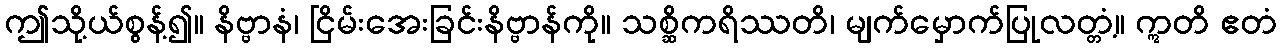
ဤသို့ယ်စွန့်၍။ နိဗ္ဗာနံ၊ ငြိမ်းအေးခြင်းနိဗ္ဗာန်ကို။ သစ္ဆိကရိဿတိ၊ မျက်မှောက်ပြုလတ္တံ့။ ဣတိ ဧတံ